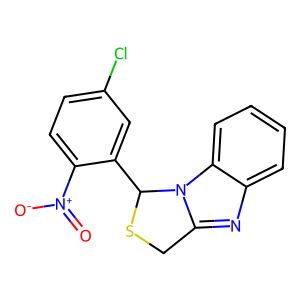
SMILES: O=[N+]([O-])c1ccc(Cl)cc1C1SCc2nc3ccccc3n21
Inhibits HIV replication: No